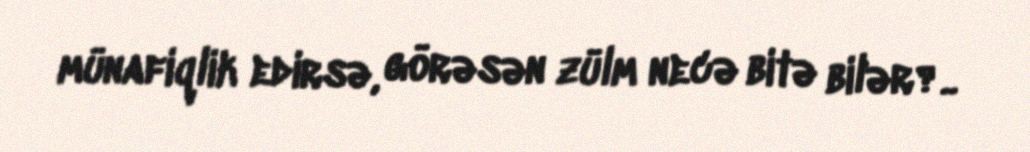
münafiqlik edirsə, görəsən zülm necə bitə bilər?..